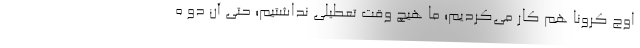
اوج کرونا هم کار می‌کردیم؛ ما هیچ وقت تعطیلی نداشتیم؛ حتی آن دو ه